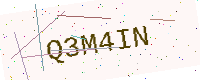
Text: Q3M4IN